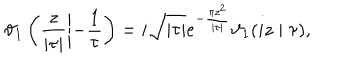
LaTeX: \vartheta _ { 1 } \left( \frac { z } { | \tau | } \left| - \frac { 1 } { \tau } \right. \right) = i \sqrt { | \tau | } e ^ { - \frac { \pi z ^ { 2 } } { | \tau | } } \vartheta _ { 1 } ( i z \mid \tau ) ,